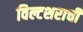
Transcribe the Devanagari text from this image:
विल्टशराची